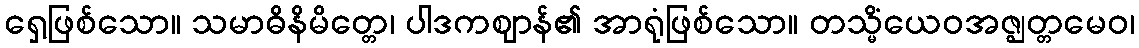
ရှေ့ဖြစ်သော။ သမာဓိနိမိတ္တေ၊ ပါဒကဈာန်၏ အာရုံဖြစ်သော။ တသ္မိံယေဝအဇ္ဈတ္တမေဝ၊